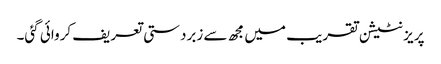
پریزنٹیشن تقریب میں مجھ سے زبردستی تعریف کروائی گئی۔